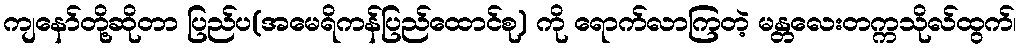
ကျနော်တို့ဆိုတာ ပြည်ပ(အမေရိကန်ပြည်ထောင်စု) ကို ရောက်လာကြတဲ့ မန္တလေးတက္ကသိုလ်ထွက်၊